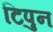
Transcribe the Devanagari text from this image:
टिपुन